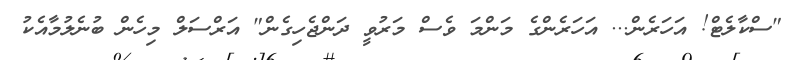
"ސްކާލެޓް! އަހަރެން... އަހަރެންގެ މަންމަ ވެސް މަރުވީ ދަންޖެހިގެން" އަރްސަލް މިހެން ބުނެލުމާއެކު